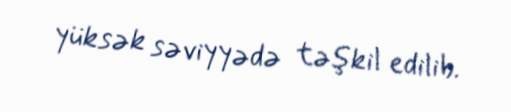
yüksək səviyyədə təşkil edilib.